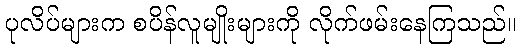
ပုလိပ်များက စပိန်လူမျိုးများကို လိုက်ဖမ်းနေကြသည်။